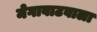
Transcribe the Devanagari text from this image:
मेगावाटवाला